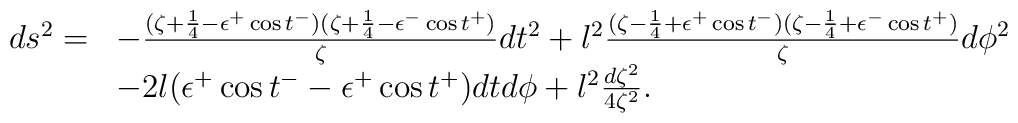
\begin{array}{ll}ds^{2}=&-\frac{(\zeta+\frac{1}{4}-\epsilon^{+}\cos t^{-})(\zeta+\frac{1}{4}-\epsilon^{-}\cos t^{+})}{\zeta}dt^{2}+l^{2}\frac{(\zeta-\frac{1}{4}+\epsilon^{+}\cos t^{-})(\zeta-\frac{1}{4}+\epsilon^{-}\cos t^{+})}{\zeta}d\phi^{2}\\&-2l(\epsilon^{+}\cos t^{-}-\epsilon^{+}\cos t^{+})dtd\phi+l^{2}\frac{d\zeta^{2}}{4\zeta^{2}}.\end{array}